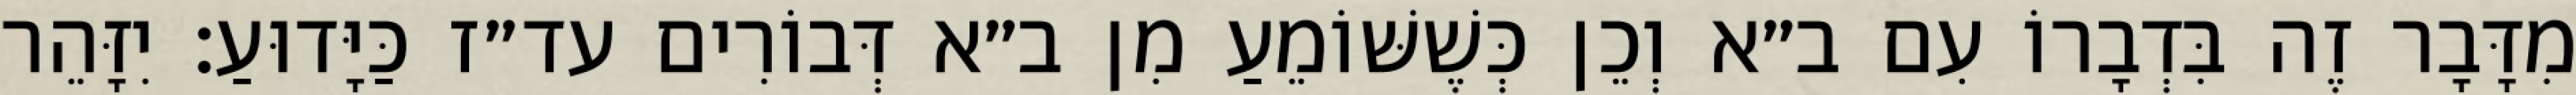
מִדָּבָר זֶה בִּדְבָרוֹ עִם ב״א וְכֵן כְּשֶׁשּׁוֹמֵעַ מִן ב״א דְּבוֹרִים עד״ז כַּיָּדוּעַ: יִזָּהֵר